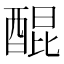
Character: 醌